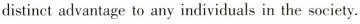
distinct advantage to any individuals in the society.